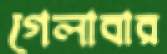
গেলাবার